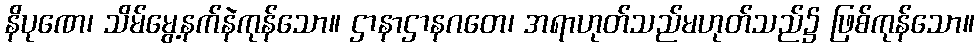
နိပုဏေ၊ သိမ်မွေ့နက်နဲကုန်သော။ ဌာနာဌာနဂတေ၊ အရာဟုတ်သည်မဟုတ်သည်၌ ဖြစ်ကုန်သော။